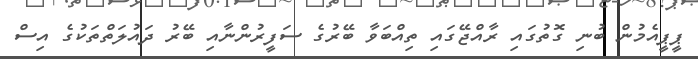
ޕީޕީއެމުން ބުނި ގޮތުގައި ރާއްޖޭގައި ތިއްބަވާ ބޭރުގެ ސަފީރުންނާއި ބޭރު ދައުލަތްތަކުގެ އިސް